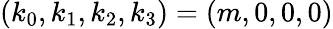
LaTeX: (k_{0},k_{1},k_{2},k_{3})=(m,0,0,0)